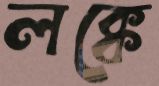
লক্কে